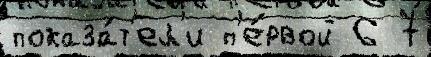
показа́т'ел'и п'е́рвой 6 7